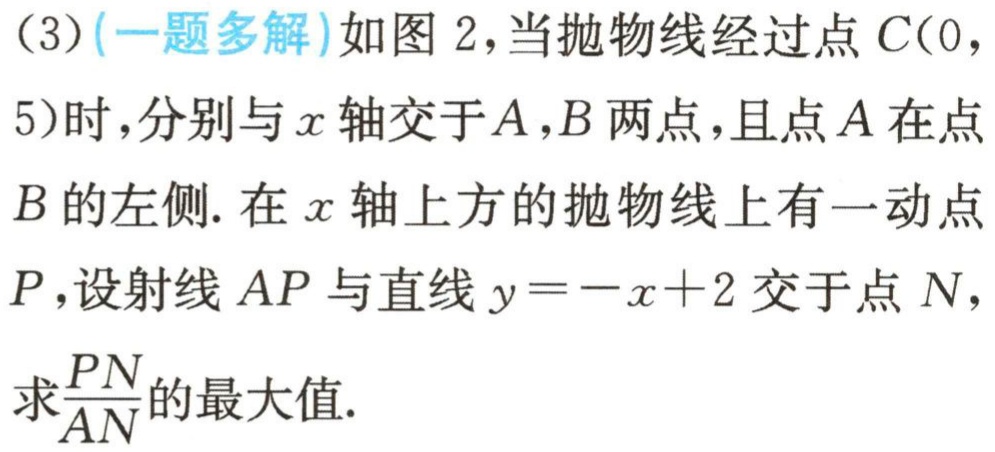
(3)(一题多解)如图2，当抛物线经过点\(C(0,5)\)时，分别与\(x\)轴交于\(A,B\)两点，且点\(A\)在点\(B\)的左侧. 在\(x\)轴上方的抛物线上有一动点\(P\)，设射线\(AP\)与直线\(y = -x + 2\)交于点\(N\)，求\(\frac{PN}{AN}\)的最大值.